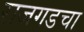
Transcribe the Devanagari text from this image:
राजगडचा